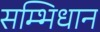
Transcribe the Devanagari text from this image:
सम्भिधान